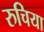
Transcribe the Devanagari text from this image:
रुचिया